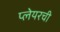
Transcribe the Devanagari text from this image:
प्लेयरची